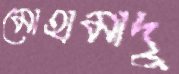
মোহামাদু